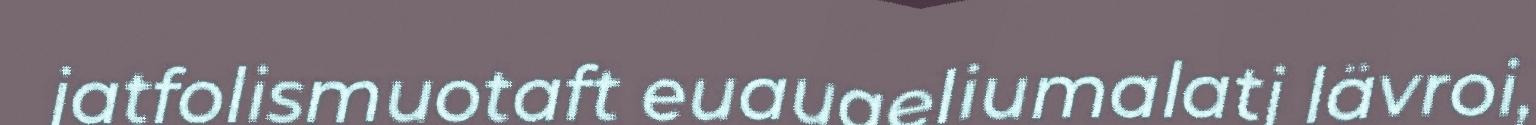
jatfolismuotaft euaugeliumalatj lävroi,